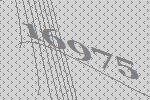
16975